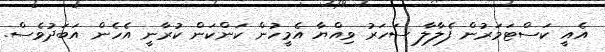
އެއީ ކަސްޓަމަރުން ފެލާލާ ސަހަރު ވިއްޔާ އެމީހުން ކަންކަން ކުރާނީ އެެހެން އަބަދުވެސް.